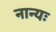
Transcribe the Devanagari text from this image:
नान्यः